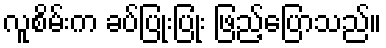
လူစိမ်းက ခပ်ပြုံးပြုံး ဖြည့်ပြောသည်။